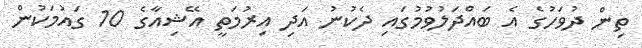
ތިން ދުވަހުގެ އެ ބައްދަލުވުމުގައި ދެކުނު އަދި އިރުމަތީ އޭޝިއާގެ 10 ގައުމަކުން